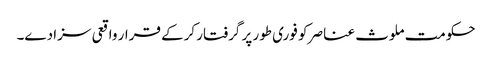
حکومت ملوث عناصر کو فوری طور پر گرفتار کرکے قرار واقعی سزا دے۔